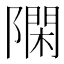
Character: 𨼝